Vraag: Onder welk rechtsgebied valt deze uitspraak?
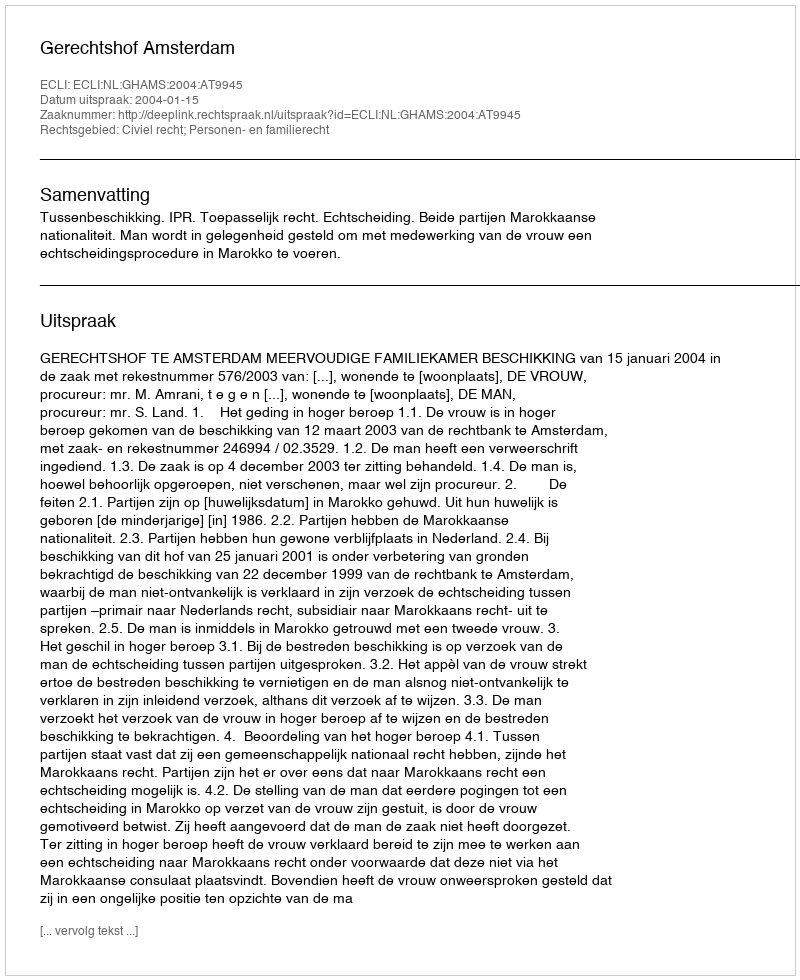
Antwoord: Civiel recht; Personen- en familierecht